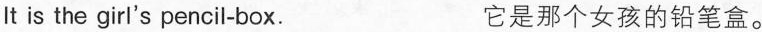
It is the girl's pencil-box. 它是那个女孩的铅笔盒。